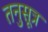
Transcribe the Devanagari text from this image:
तनुसूत्र